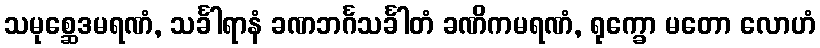
သမုစ္ဆေဒမရဏံ, သင်္ခါရာနံ ခဏဘင်္ဂသင်္ခါတံ ခဏိကမရဏံ, ရုက္ခော မတော လောဟံ